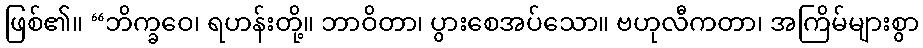
ဖြစ်၏။ “ဘိက္ခဝေ၊ ရဟန်းတို့။ ဘာဝိတာ၊ ပွားစေအပ်သော။ ဗဟုလီကတာ၊ အကြိမ်များစွာ